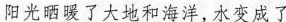
阳光晒暖了大地和海洋，水变成了